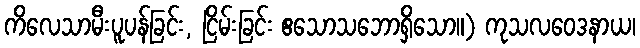
ကိလေသာမီးပူပန်ခြင်း, ငြိမ်းခြင်း ဧသောသဘောရှိသော။) ကုသလဝေဒနာယ၊